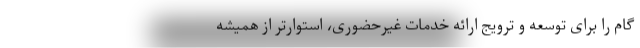
گام را برای توسعه و ترویج ارائه خدمات غیرحضوری، استوارتر از همیشه